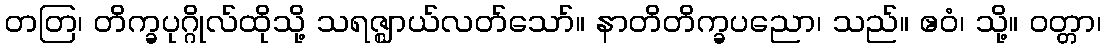
တတြ၊ တိက္ခပုဂ္ဂိုလ်ထိုသို့ သရဇ္ဈာယ်လတ်သော်။ နာတိတိက္ခပညော၊ သည်။ ဧဝံ၊ သို့။ ဝတ္တာ၊